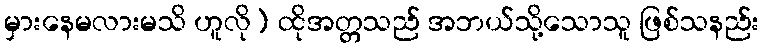
မှားနေမလားမသိ ဟူလို) ထိုအတ္တသည် အဘယ်သို့သောသူ ဖြစ်သနည်း